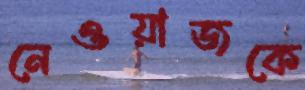
নেওয়াজকে